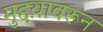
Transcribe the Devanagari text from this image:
मुद्दय़ावरून